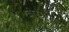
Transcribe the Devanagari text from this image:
बीरमपुर